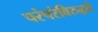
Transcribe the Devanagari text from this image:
परंपरेविरुद्धचे